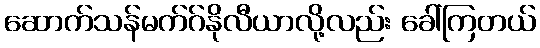
ဆောက်သန်မက်ဂ်နိုလီယာလို့လည်း ခေါ်ကြတယ်